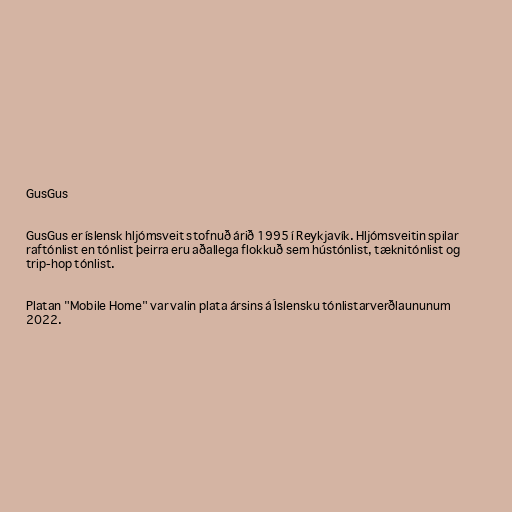
GusGus

GusGus er íslensk hljómsveit stofnuð árið 1995 í Reykjavík. Hljómsveitin spilar
raftónlist en tónlist þeirra eru aðallega flokkuð sem hústónlist, tæknitónlist og
trip-hop tónlist.

Platan "Mobile Home" var valin plata ársins á Íslensku tónlistarverðlaununum
2022.